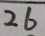
2 6